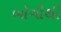
બૉગીથી